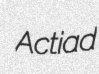
Actiad